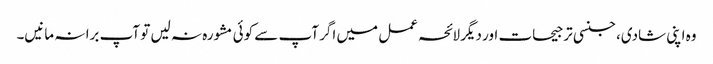
وہ اپنی شادی، جنسی ترجیحات اور دیگر لائحہ عمل میں اگر آپ سے کوئی مشورہ نہ لیں تو آپ برا نہ مانیں۔